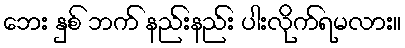
ဘေး နှစ် ဘက် နည်းနည်း ပါးလိုက်ရမလား။